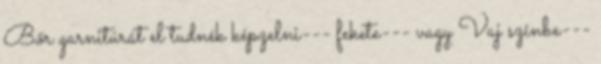
Bőr garnitúrát el tudnék képzelni--- fekete--- vagy Vaj színbe---